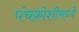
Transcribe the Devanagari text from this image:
पंचक्रोशीमध्ये